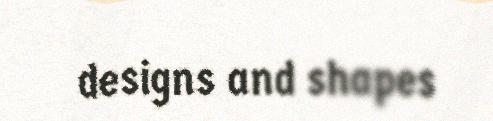
designs and shapes